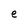
Character: e